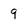
Character: 9